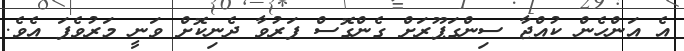
އެ އަންހެން ކުއްޖާ ސިންގަޕޫރަށް ގެންގޮސް ފަރުވާ ދެނިކޮށް ވަނީ މަރުވެފަ އެވެ.